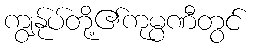
ကျွန်ုပ်တို့၏ကုမ္ပဏီတွင်